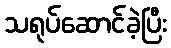
သရုပ်ဆောင်ခဲ့ပြီး